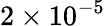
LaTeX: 2\times 10^{-5}